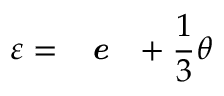
\varepsilon = \textit { \textbf { e } } + \frac { 1 } { 3 } \theta